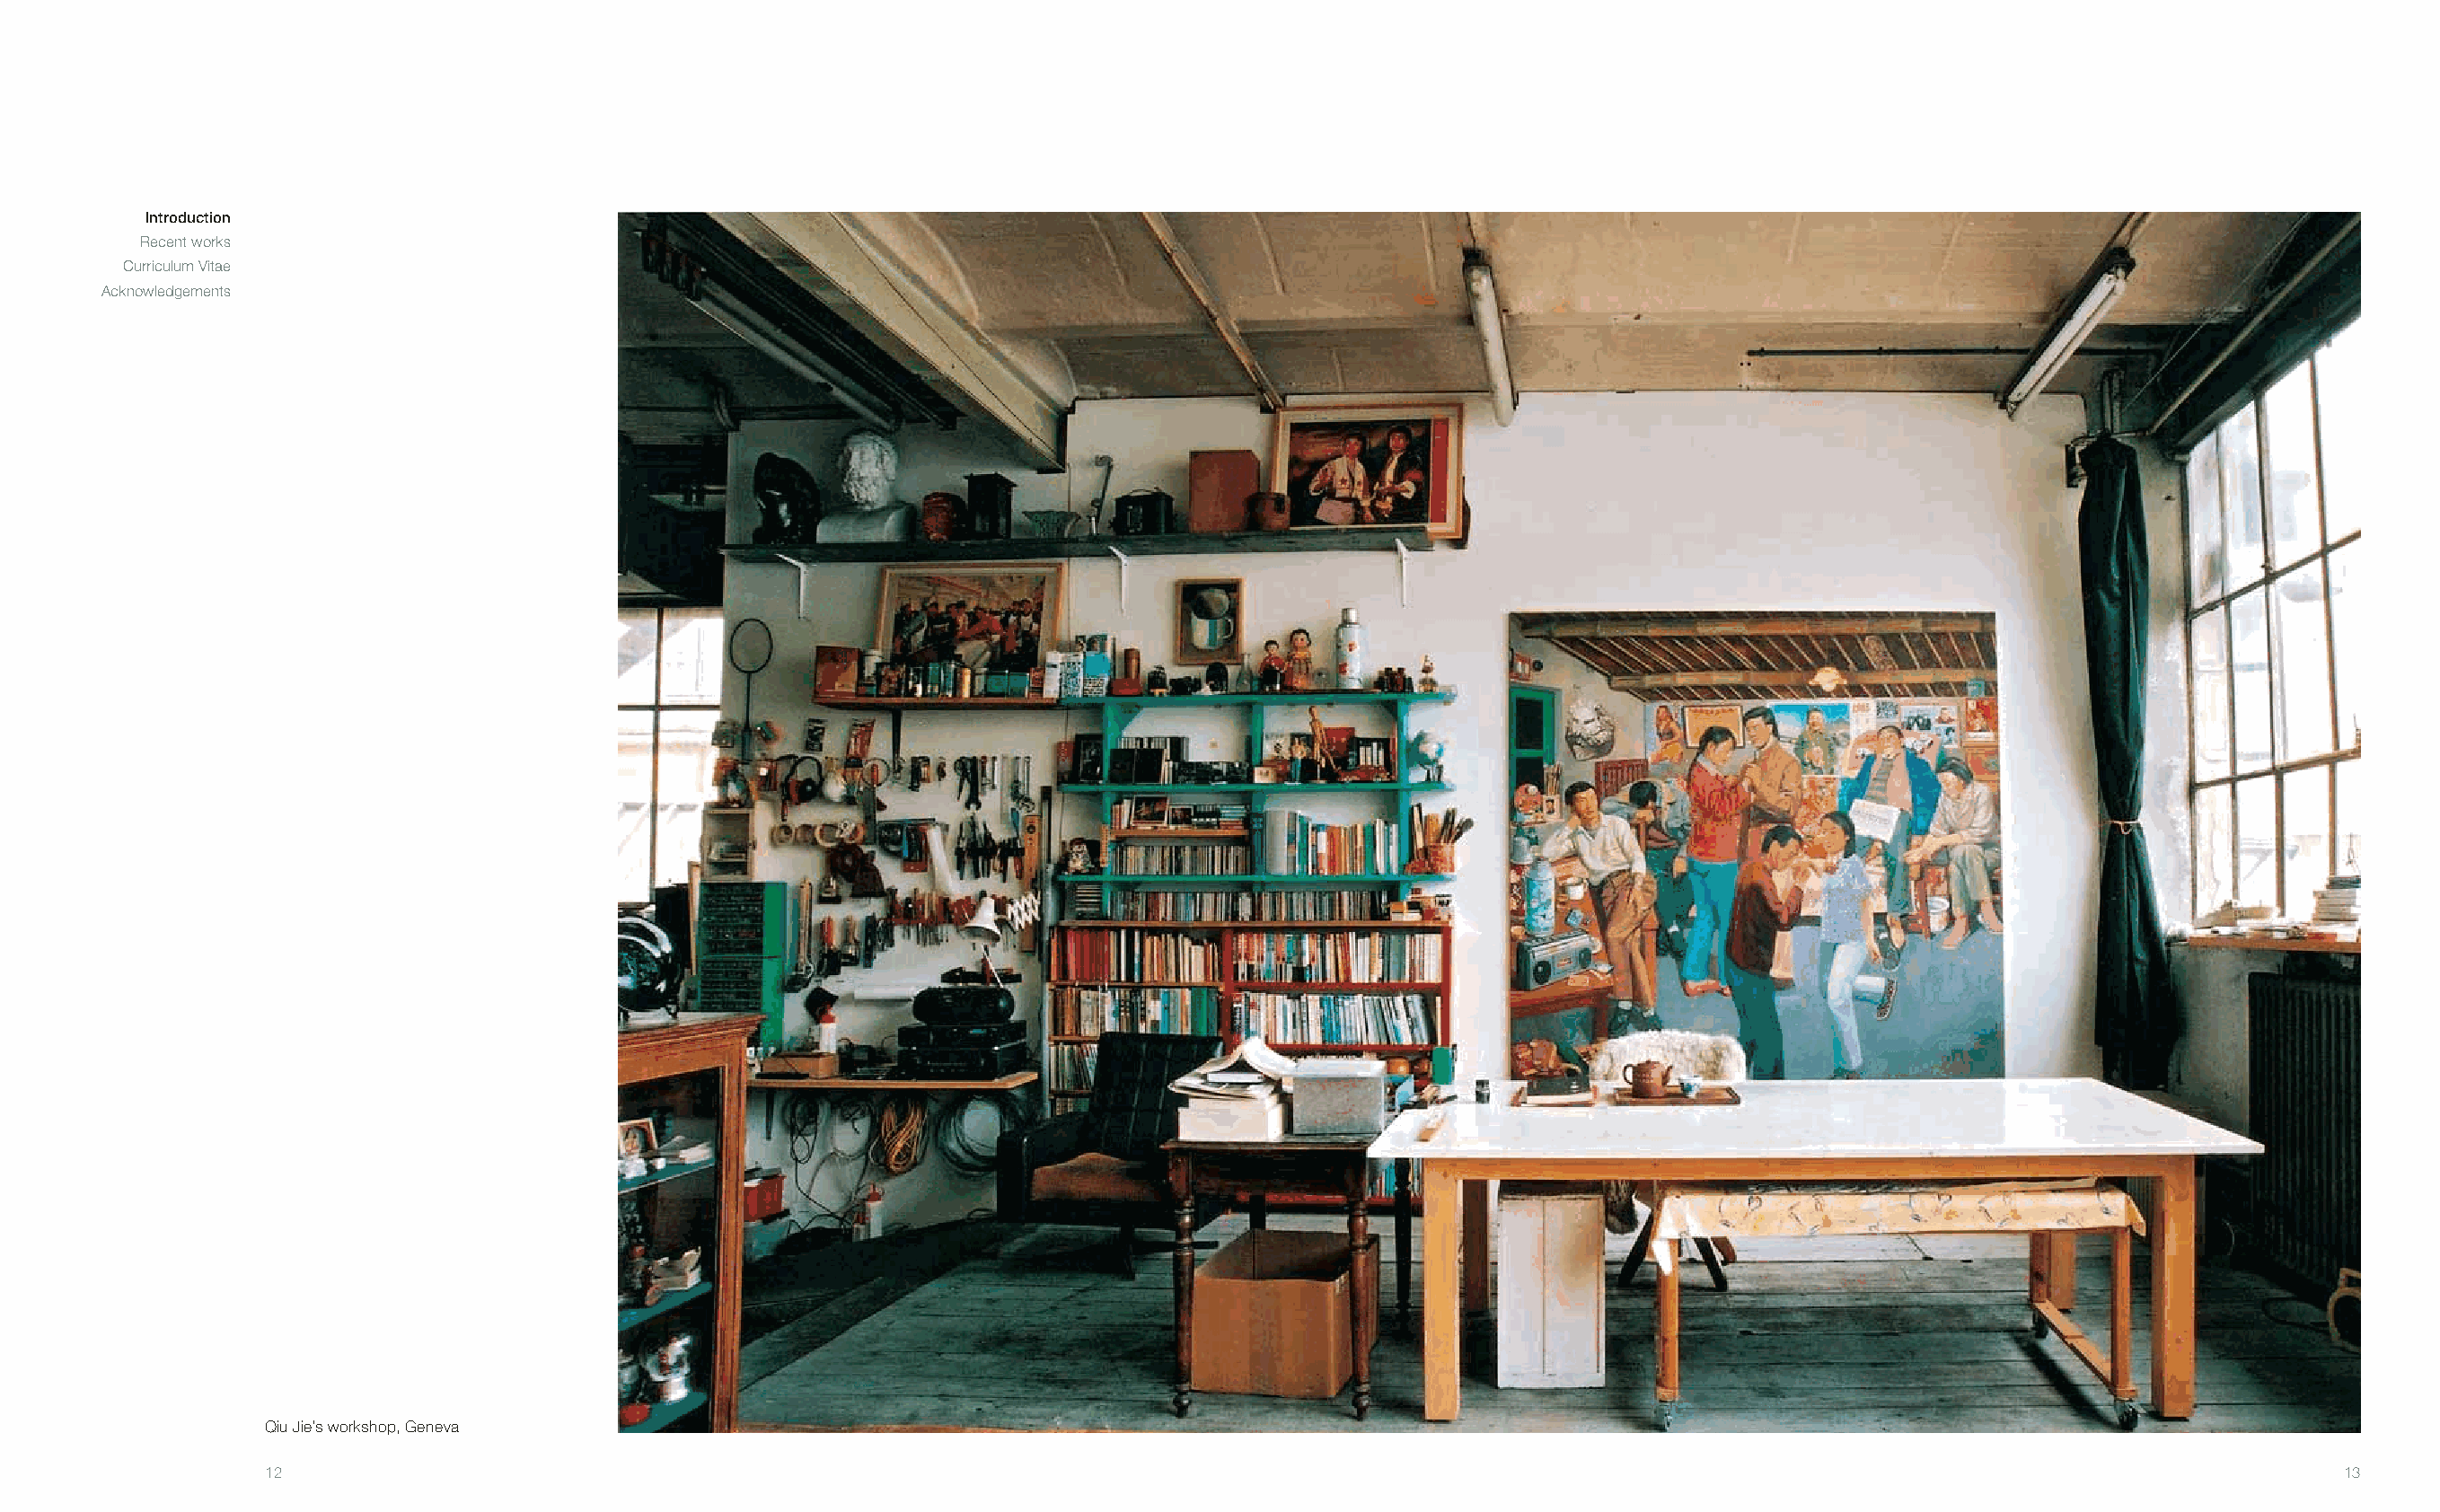
Introduction
 Recent works
 Curriculum Vitae
 Acknowledgements
 Qiu Jie’s workshop, Geneva
 12                                                                                                                                                       13